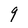
Character: 9